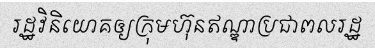
រដ្ឋវិនិយោគឲ្យក្រុមហ៊ុនឥណ្ឌាប្រជាពលរដ្ឋ